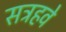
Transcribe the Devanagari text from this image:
सत्रहवे